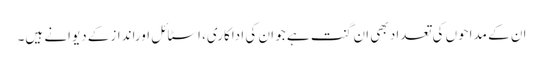
ان کے مداحوں کی تعداد بھی ان گنت ہے جو ان کی اداکاری، اسٹائل اوراندازکے دیوانے ہیں۔